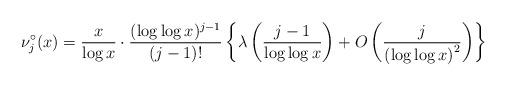
LaTeX: \begin{align*}\nu^{\circ}_j(x)=\frac{x}{\log x}\cdot \frac{(\log \log x)^{j-1}}{(j-1)!}\left\{\lambda \left(\frac{j-1}{\log \log x}\right)+O\left(\frac{j}{\left(\log \log x\right)^2}\right)\right\}\end{align*}